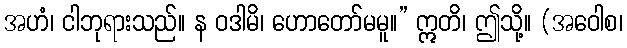
အဟံ၊ ငါဘုရားသည်။ န ဝဒါမိ၊ ဟောတော်မမူ။” ဣတိ၊ ဤသို့။ (အဝေါစ၊